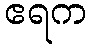
ဧရက